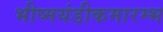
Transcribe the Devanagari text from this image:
भीष्मयंडीकमारम्भ